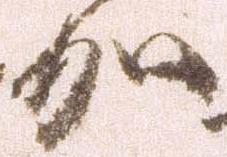
加